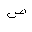
Letter: _sad